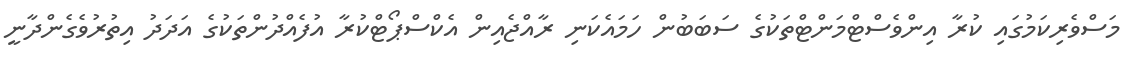
މަސްވެރިކަމުގައި ކުރާ އިންވެސްޓްމަންޓްތަކުގެ ސަބަބުން ހަމައެކަނި ރާއްޖެއިން އެކްސްޕޯޓްކުރާ އުފެއްދުންތަކުގެ އަދަދު އިތުރުވެގެންދާނީ